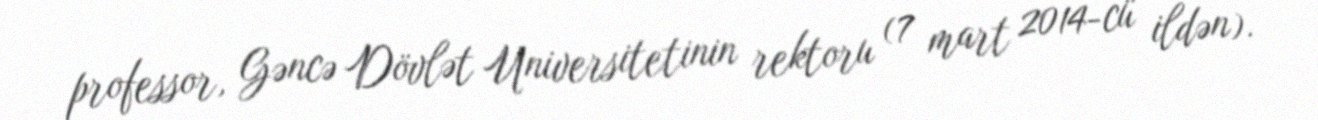
professor, Gəncə Dövlət Universitetinin rektoru (7 mart 2014-cü ildən).